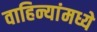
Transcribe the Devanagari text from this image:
वाहिन्यांमध्ये